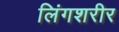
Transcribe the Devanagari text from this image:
लिंगशरीर